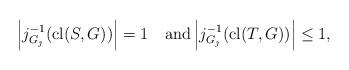
LaTeX: \begin{align*}\left| j^{-1}_{G_\jmath }({\rm cl}(S, G)) \right| =1 \quad{\rm and} \left| j^{-1}_{G_\jmath }({\rm cl}(T, G)) \right| \leq 1,\end{align*}